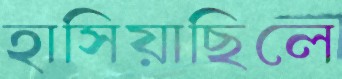
হাসিয়াছিলে